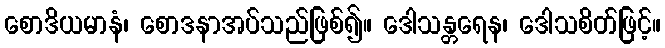
စောဒိယမာနံ၊ စောဒနာအပ်သည်ဖြစ်၍။ ဒေါသန္တရေန၊ ဒေါသစိတ်ဖြင့်။